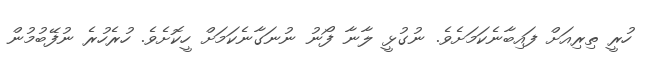
ހުރީ ތިރިއަށް ފައިބާނެކަމަށެވެ. ނުގުޅީ ލާނާ ފޯނު ނުނަގާނެކަމަށް ހީކޮށެވެ. ހުރެހުރެ ނުފޭބުމުން